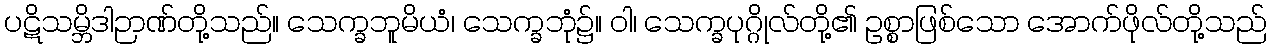
ပဋိသမ္ဘိဒါဉာဏ်တို့သည်။ သေက္ခဘူမိယံ၊ သေက္ခဘုံ၌။ ဝါ၊ သေက္ခပုဂ္ဂိုလ်တို့၏ ဥစ္စာဖြစ်သော အောက်ဖိုလ်တို့သည်